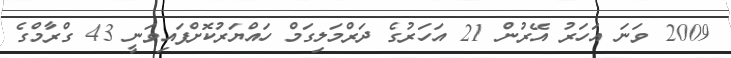
2009 ވަނަ އަހަރު އޭރުން 21 އަހަރުގެ ދަރްމަލިގަމް ހައްޔަރުކޮށްފައިވަނީ 43 ގްރާމްގެ